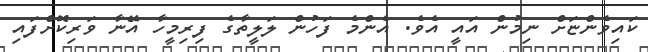
ކައިވެންޏަށް ނިމުން އައީ އެވެ. އެންމެ ފަހުން ލަލީތާގެ ފިރިމީހާ އޭނާ ވަރިކޮށްފައި